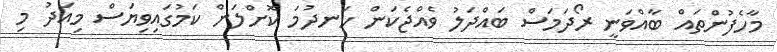
މާހެފުންތައް ބާއްވަނީ ރޯދަމަސް ބައްދަލު ވެއްޖެކަން ހަނދުމަ ކޮށްލަން ކަމުގައިވިޔަސް މިއަދު މި